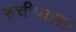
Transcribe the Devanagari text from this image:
रुचीपालट